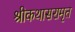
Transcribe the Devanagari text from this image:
श्रीकथासरामृत